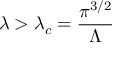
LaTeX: \lambda > \lambda _ { c } = \frac { \pi ^ { 3 / 2 } } { \Lambda }